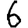
Digit: 6